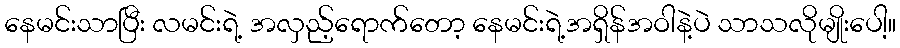
နေမင်းသာပြီး လမင်းရဲ့ အလှည့်ရောက်တော့ နေမင်းရဲ့အရှိန်အဝါနဲ့ပဲ သာသလိုမျိုးပေါ့။